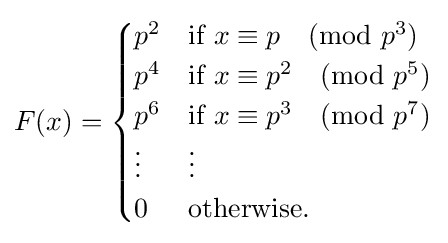
F(x)={\begin{cases}p^{2}&{\text{if }}x\equiv p{\pmod {p^{3}}}\\p^{4}&{\text{if }}x\equiv p^{2}{\pmod {p^{5}}}\\p^{6}&{\text{if }}x\equiv p^{3}{\pmod {p^{7}}}\\\vdots &\vdots \\0&{\text{otherwise}}.\end{cases}}